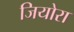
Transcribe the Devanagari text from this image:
जियोरा